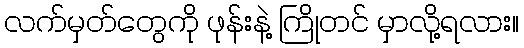
လက်မှတ်တွေကို ဖုန်းနဲ့ ကြိုတင် မှာလို့ရလား။